Document type: payment_order
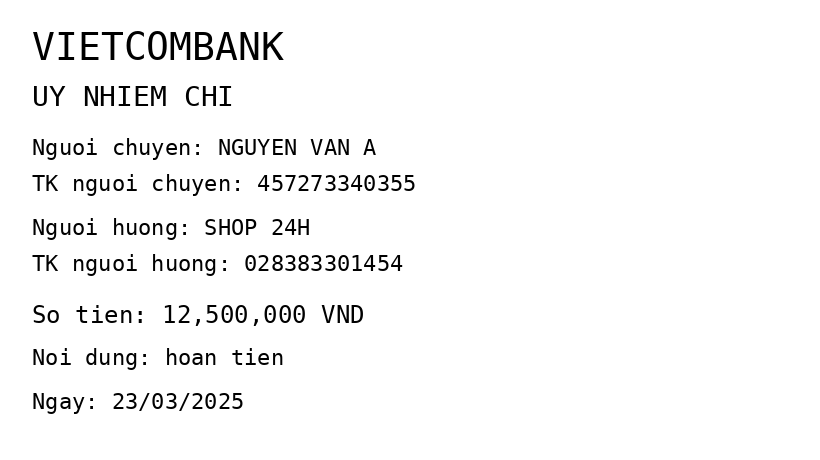
OCR transcript:
VIETCOMBANK
UY NHIEM CHI
Nguoi chuyen: NGUYEN VAN A
TK nguoi chuyen: 457273340355
Nguoi huong: SHOP 24H
TK nguoi huong: 028383301454
So tien: 12,500,000 VND
Noi dung: hoan tien
Ngay: 23/03/2025
Extracted fields:
bank_name: vietcombank
sender_name: nguyen van a
sender_account: 457273340355
beneficiary_name: shop 24h
beneficiary_account: 028383301454
amount: 12500000
content: hoan tien
date: 2025-03-23